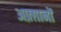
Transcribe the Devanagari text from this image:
अफ़्ग़ानों